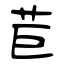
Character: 苣